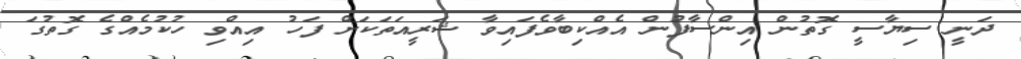
ދަނީ ސިޔާސީ ގޮތުން އިންސާފުން އެއްކިބާވެފައިވާ ޝަރީއަތަކަށް ފަހު އިއްވި ހުކުމެއްގެ ގޮތުގަ